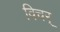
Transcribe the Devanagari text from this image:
विचर्